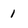
Character: 1